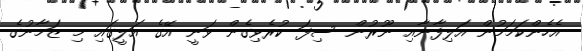
އެހެންކަމަމުން އަލިފާނާއި ނޫރުން ސިފަ ކުރެވިގެން ވަނީ އޭގެ އަލީގައި މި ޒަމާނުގެ